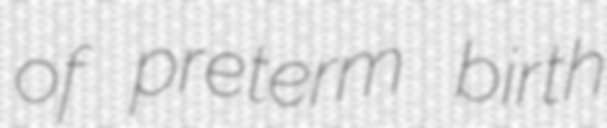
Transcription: of preterm birth